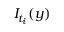
I _ { t _ { i } } ( y )